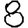
Digit: 8